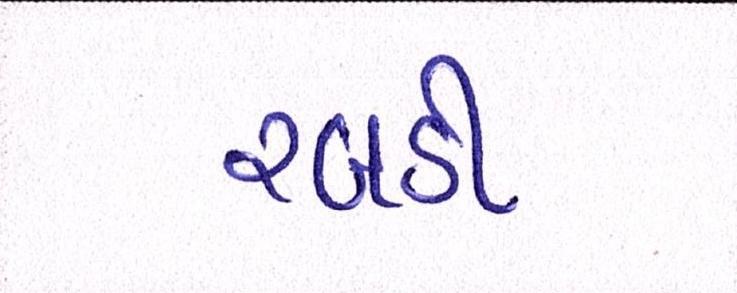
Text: રબડી